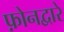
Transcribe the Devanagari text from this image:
फ़ोनद्वारे